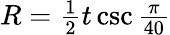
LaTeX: \begin{array}{r}{R={\frac{1}{2}}t\csc{\frac{\pi}{40}}}\end{array}